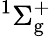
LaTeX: ^1\Sigma_{\mathrm{g}}^{+}